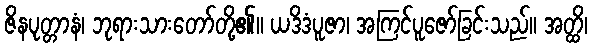
ဇိနပုတ္တာနံ၊ ဘုရားသားတော်တို့၏။ ယဒိဒံပူဇာ၊ အကြင်ပူဇော်ခြင်းသည်။ အတ္ထိ၊